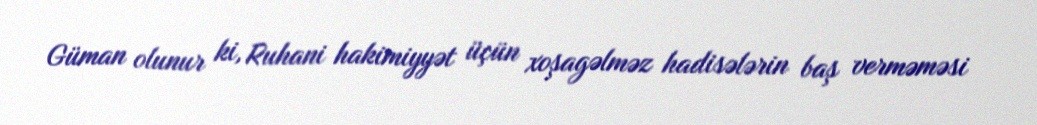
Güman olunur ki, Ruhani hakimiyyət üçün xoşagəlməz hadisələrin baş verməməsi